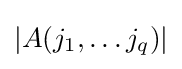
|A(j_{1},\ldots j_{q})|